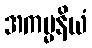
အကမ္မနိယံ